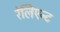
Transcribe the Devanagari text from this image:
रेलिएन्ट